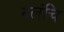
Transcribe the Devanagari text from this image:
नलंचि